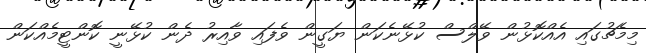
މިމެޗުގައި އެއްކޮޅުން ވޭލްސް ކުޅޭނެކަން ޔަގީން ވެފައި ވާއިރު ދެން ކުޅޭނީ ކޮންޓީމެއްކަން